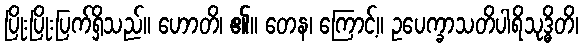
ပြိုးပြိုးပြက်ရှိသည်။ ဟောတိ၊ ၏။ တေန၊ ကြောင့်။ ဥပေက္ခာသတိပါရိသုဒ္ဓိတိ၊